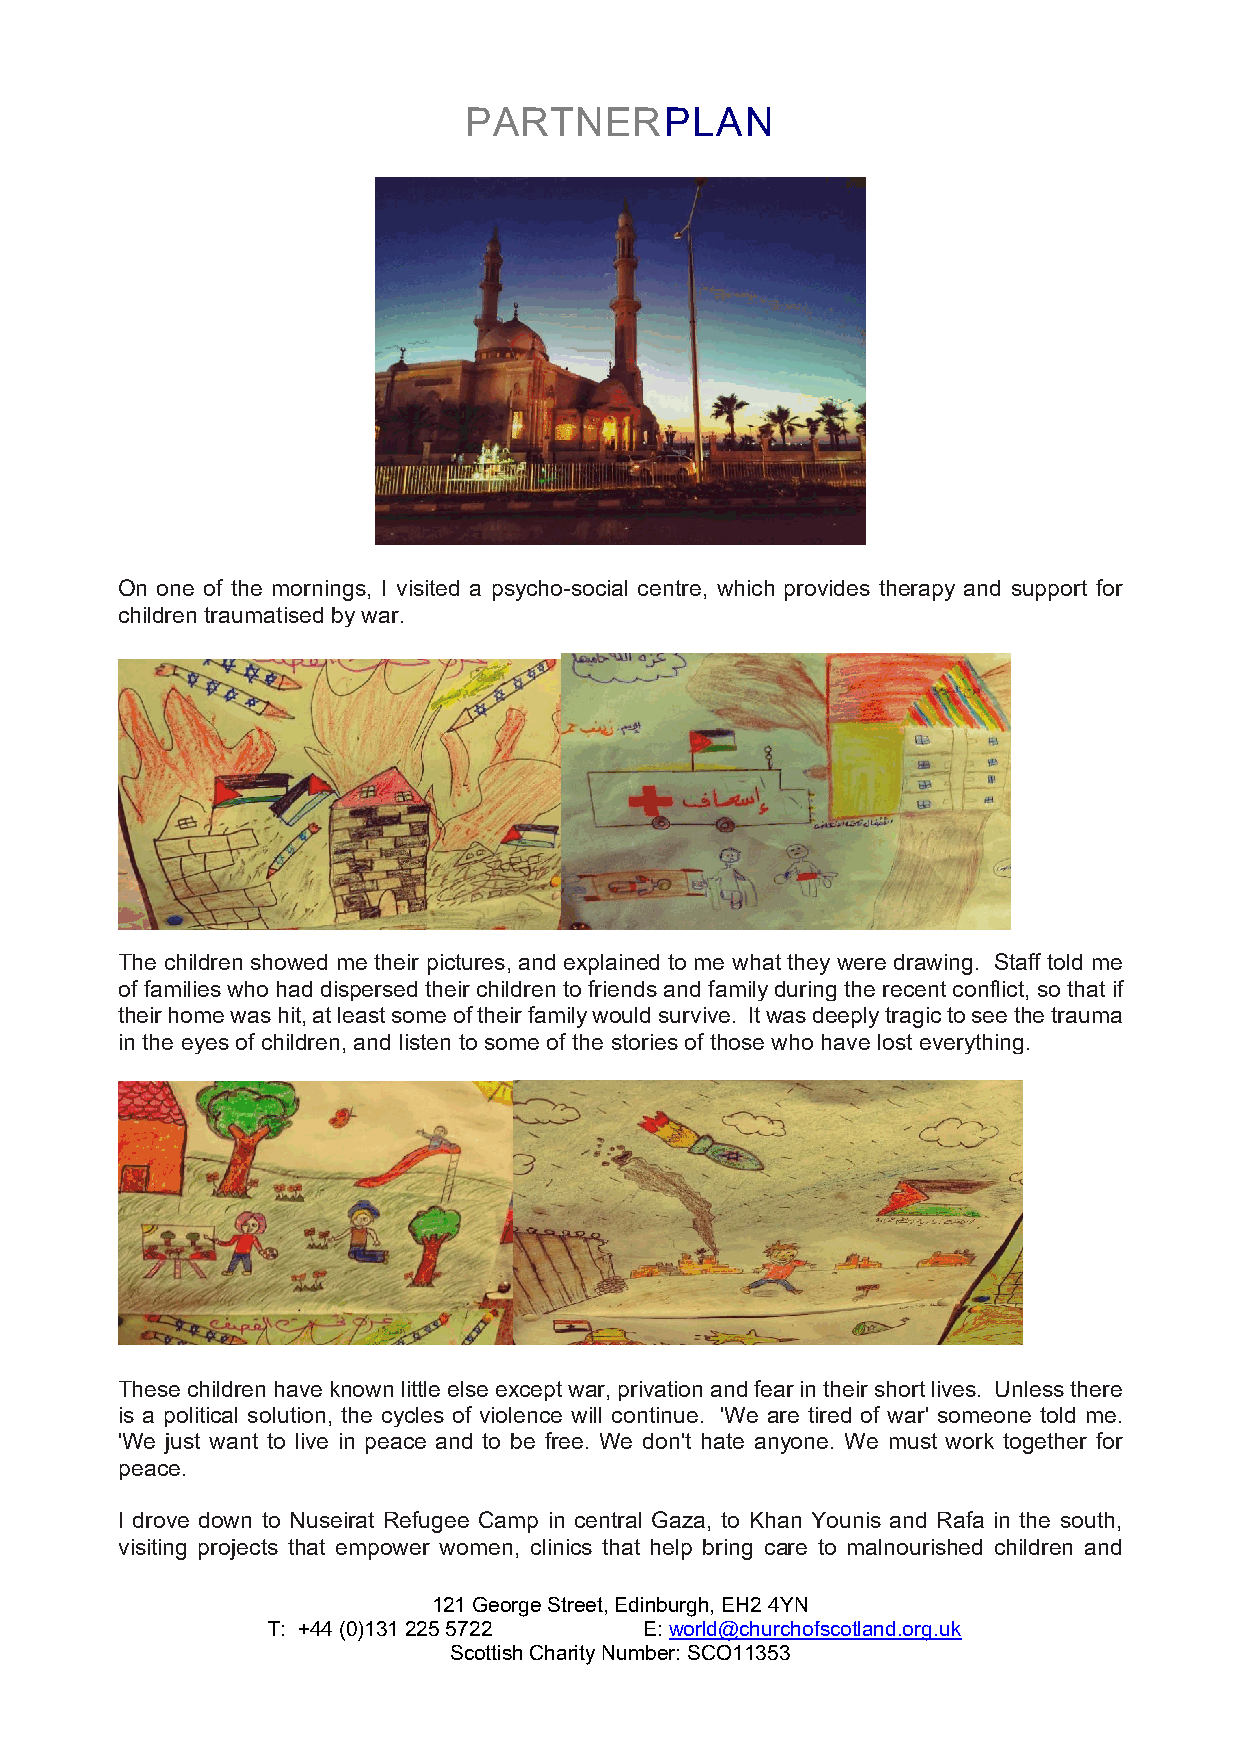
PARTNERPLAN
 On one of the mornings, I visited a psycho-social centre, which provides therapy and support for
 children traumatised by war.
 The children showed me their pictures, and explained to me what they were drawing. Staff told me
 of families who had dispersed their children to friends and family during the recent conflict, so that if
 their home was hit, at least some of their family would survive. It was deeply tragic to see the trauma
 in the eyes of children, and listen to some of the stories of those who have lost everything.
 These children have known little else except war, privation and fear in their short lives. Unless there
 is a political solution, the cycles of violence will continue. 'We are tired of war' someone told me.
 'We just want to live in peace and to be free. We don't hate anyone. We must work together for
 peace.
 I drove down to Nuseirat Refugee Camp in central Gaza, to Khan Younis and Rafa in the south,
 visiting projects that empower women, clinics that help bring care to malnourished children and
 121 George Street, Edinburgh, EH2 4YN
 T: +44 (0)131 225 5722   E: world@churchofscotland.org.uk
 Scottish Charity Number: SCO11353